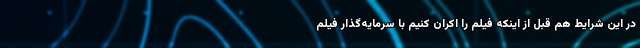
در این شرایط هم قبل از اینکه فیلم را اکران کنیم با سرمایه‌گذار فیلم